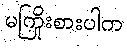
မကြိုးစားပါက